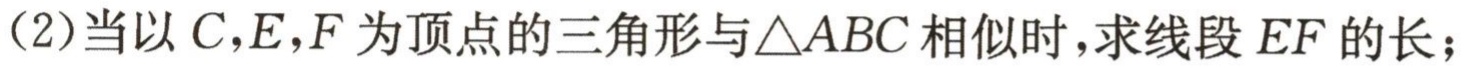
（2）当以\(C,E,F\)为顶点的三角形与\(\triangle ABC\)相似时，求线段\(EF\)的长；